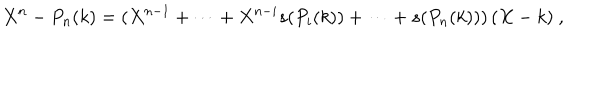
LaTeX: X ^ { n } - P _ { n } ( k ) = ( X ^ { n - 1 } + \dots + X ^ { n - i } s ( P _ { i } ( k ) ) + \dots + s ( P _ { n } ( k ) ) ) \, ( X - k ) \ ,